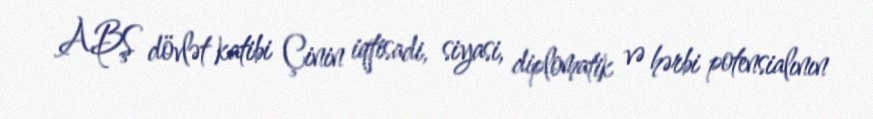
ABŞ dövlət katibi Çinin iqtisadi, siyasi, diplomatik və hərbi potensialının